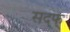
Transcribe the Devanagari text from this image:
सद्फ्